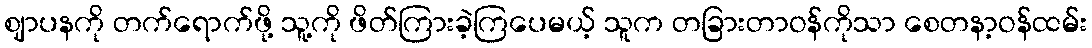
ဈာပနကို တက်ရောက်ဖို့ သူ့ကို ဖိတ်ကြားခဲ့ကြပေမယ့် သူက တခြားတာဝန်ကိုသာ စေတနာ့ဝန်ထမ်း